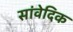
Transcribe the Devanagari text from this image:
सांवेदिक